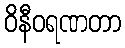
ဝိနီဝရဏတာ